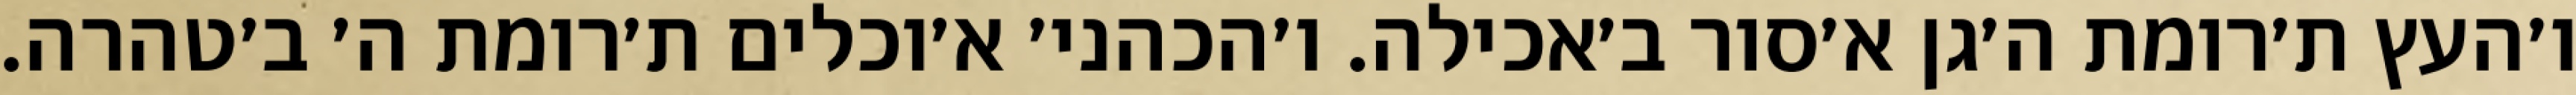
ו׳העץ ת׳רומת ה׳גן א׳סור ב׳אכילה. ו׳הכהני׳ א׳וכלים ת׳רומת ה׳ ב׳טהרה.